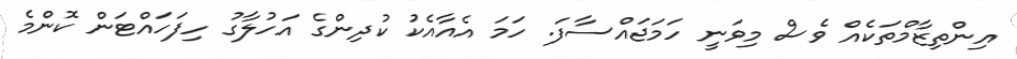
އިންތިޒާމްތަކެއް ވެސް މިވަނީ ހަމަޖައްސާފަ. ހަމަ އެއާއެކު ކުދިންގެ އަހުލާގު ހިފަހައްޓަން ކޮންމެ